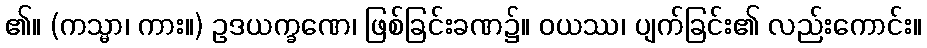
၏။ (ကသ္မာ၊ ကား။) ဥဒယက္ခဏေ၊ ဖြစ်ခြင်းခဏ၌။ ဝယဿ၊ ပျက်ခြင်း၏ လည်းကောင်း။